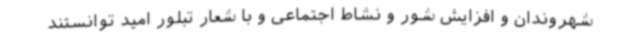
شهروندان و افزایش شور و نشاط اجتماعی و با شعار تبلور امید توانستند